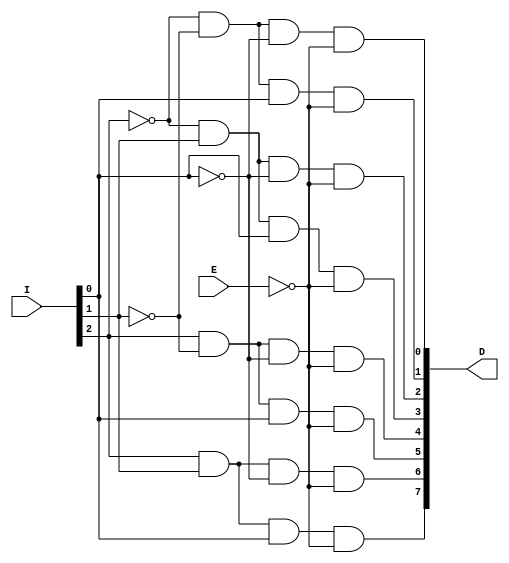
module GL_decoder_3_bit(output [7:0]D, input [2:0]I, input E);

wire [3:0]w;

not G0(w[0], I[0]);
not G1(w[1], I[1]);
not G2(w[2], I[2]);
not G3(w[3], E);
and D0(D[0], w[2], w[1], w[0], w[3]);
and D1(D[1], w[2], w[1], I[0], w[3]);
and D2(D[2], w[2], I[1], w[0], w[3]);
and D3(D[3], w[2], I[1], I[0], w[3]);
and D4(D[4], I[2], w[1], w[0], w[3]);
and D5(D[5], I[2], w[1], I[0], w[3]);
and D6(D[6], I[2], I[1], w[0], w[3]);
and D7(D[7], I[2], I[1], I[0], w[3]);

endmodule